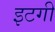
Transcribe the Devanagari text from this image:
इटगी